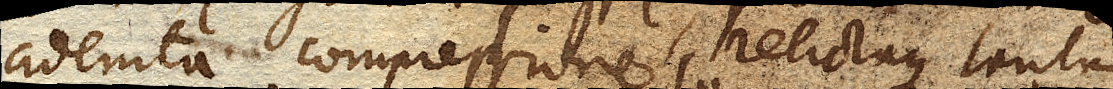
adempta compressione, relictaque tantum